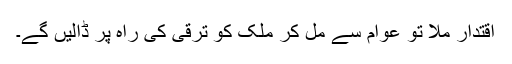
اقتدار ملا تو عوام سے مل کر ملک کو ترقی کی راہ پر ڈالیں گے۔